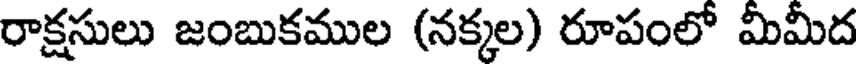
రాక్షసులు జంబుకముల (నక్కల) రూపంలో మీమీద